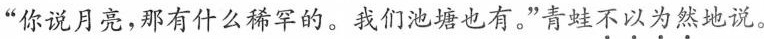
“你说月亮，那有什么稀罕的。我们池塘也有。”青蛙不以为然地说。